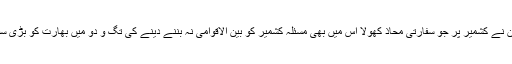
اسکے مقابل پاکستان نے کشمیر پر جو سفارتی محاذ کھولا اس میں بھی مسئلہ کشمیر کو بین الاقوامی نہ بننے دینے کی تگ و دو میں بھارت کو بڑی سفارتی شکست ہوئی۔